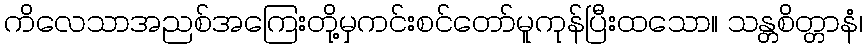
ကိလေသာအညစ်အကြေးတို့မှကင်းစင်တော်မူကုန်ပြီးထသော။ သန္တစိတ္တာနံ၊